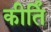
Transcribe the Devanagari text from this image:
कीर्तिं